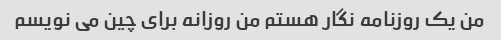
من یک روزنامه نگار هستم من روزانه برای چین می نویسم